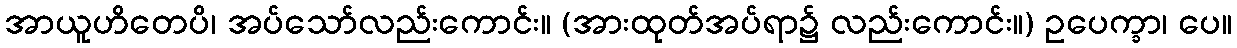
အာယူဟိတေပိ၊ အပ်သော်လည်းကောင်း။ (အားထုတ်အပ်ရာ၌ လည်းကောင်း။) ဥပေက္ခာ၊ ပေ။